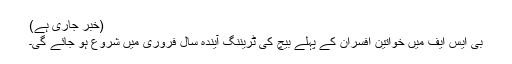
(خبر جاری ہے)
بی ایس ایف میں خواتین افسران کے پہلے بیچ کی ٹریننگ آیندہ سال فروری میں شروع ہو جائے گی۔